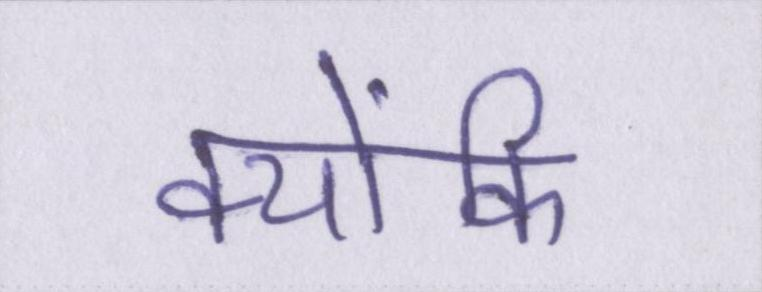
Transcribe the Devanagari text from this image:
क्योंकि